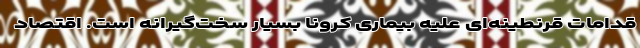
قدامات قرنطینه‌ای علیه بیماری کرونا بسیار سخت‌گیرانه است. اقتصاد